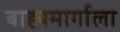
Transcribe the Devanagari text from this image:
बाह्यमार्गाला